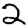
Digit: 2